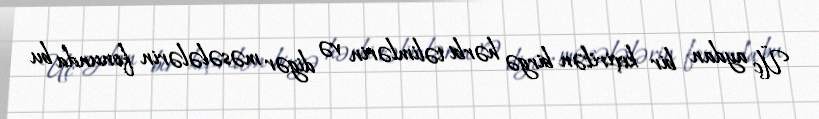
Üç aydan bir keçirilən birgə hərbi təlimlərin və digər məsələlərin fonunda bu